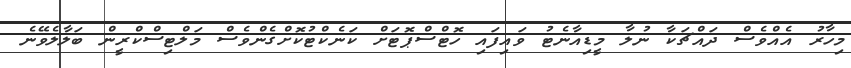
މިހާރު އެއްވެސް ދައްޗަކާ ނުލާ މީޑިއާނެޓު ވައިފައި ހޮޓްސްޕޮޓަށް ކަނެކްޓުކޮށްގެންވެސް މަލްޓިސްކްރީން ބަލާލެވޭނެ